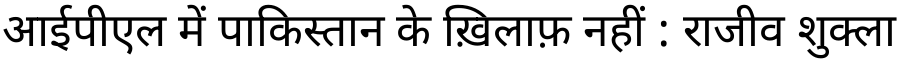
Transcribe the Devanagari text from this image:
आईपीएल में पाकिस्तान के ख़िलाफ़ नहीं : राजीव शुक्ला